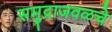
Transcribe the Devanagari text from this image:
समुद्राजवळचे